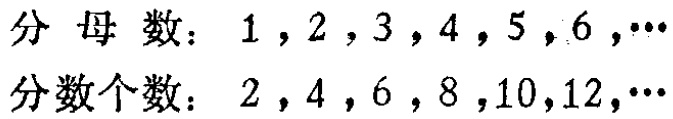
分母数：$1,2,3,4,5,6,\cdots$

分数个数：$2,4,6,8,10,12,\cdots$